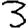
Digit: 3